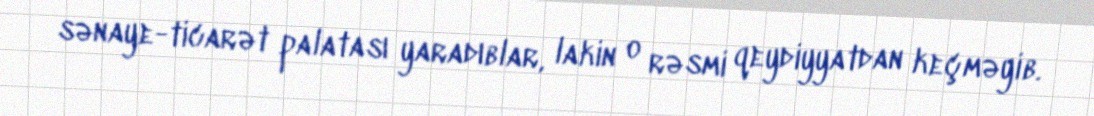
sənaye-ticarət palatası yaradıblar, lakin o rəsmi qeydiyyatdan keçməyib.